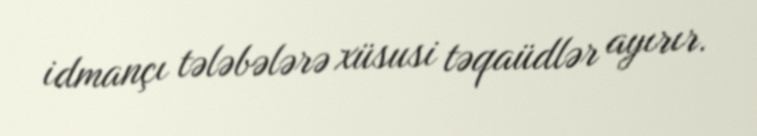
idmançı tələbələrə xüsusi təqaüdlər ayırır.